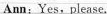
Ann:Yes,please.